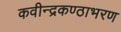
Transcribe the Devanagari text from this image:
कवीन्द्रकण्ठाभरण